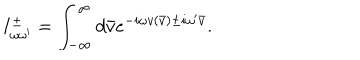
I _ { \omega \omega ^ { \prime } } ^ { \pm } = \int _ { - \infty } ^ { \infty } d \bar { v } e ^ { - i \omega v ( \bar { v } ) \pm i \omega ^ { \prime } \bar { v } } .